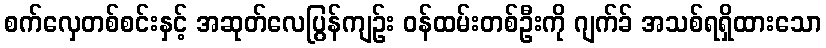
စက်လှေတစ်စင်းနှင့် အဆုတ်လေပြွန်ကျဉ်း ဝန်ထမ်းတစ်ဦးကို ဂျက်ခ် အသစ်ရရှိထားသော